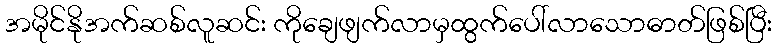
အမိုင်နိုအက်ဆစ်လူဆင်း ကိုချေဖျက်လာမှထွက်ပေါ်လာသောဓာတ်ဖြစ်ပြီး